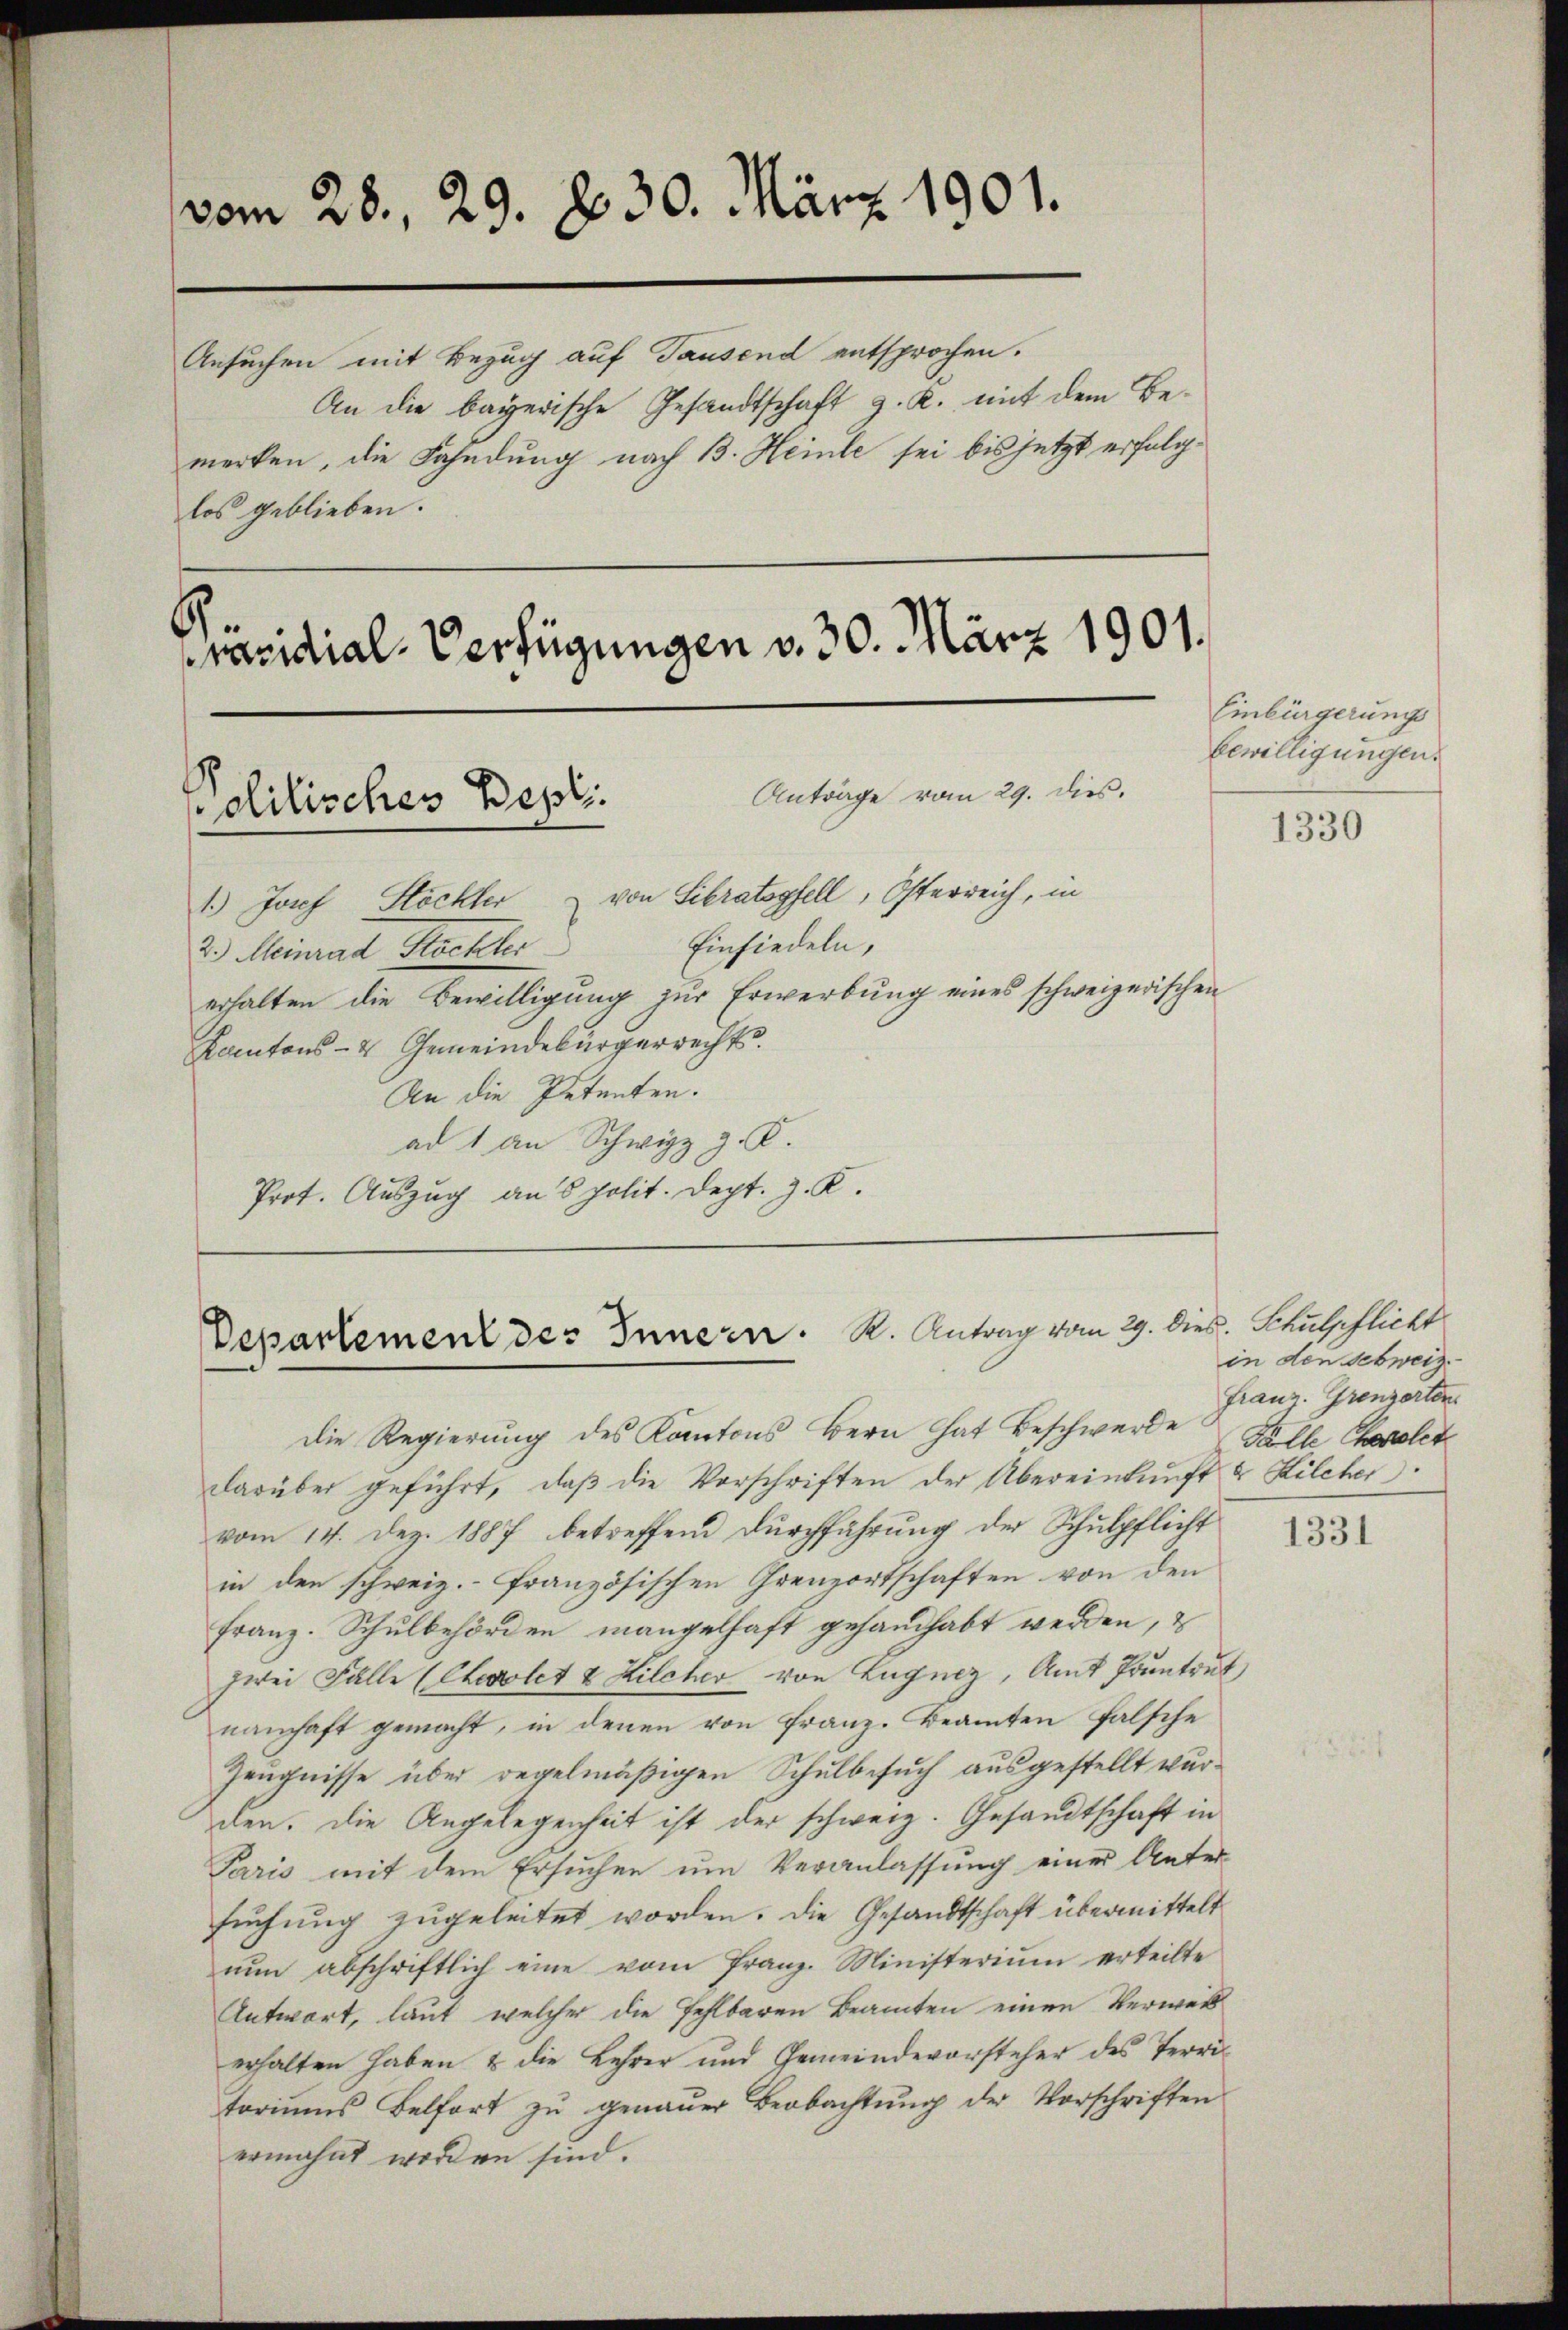
vom 28. 29. d. 30. März 1901.
Ansuchen mit Bezug auf Tausend entsprochen.

An die bayerische Gesandtschaft z. R. mit dem Bemerken, die Fahndung nach B. Heile sei bis jetzt erfolglos geblieben.

Anträge vom 29. dies.
Politisches Depli.

Präsidial-Verfügungen v. 30. März 1901.

1.) Josef Stöckler & von Sibratsgfell, Osterreich, in
Einsiedeln,
2.) Meinrad Hackler
erhalten die Bewilligŭng zŭr Erwerbŭng eines schweizerischen
Kantons- & Gemeindebürgerrechts
An die Petenten.
ad 1 an Schwyz z. B.
Prot. Auszug an 8 polit. Dept. J. K.

Departement des Innern. K. Antrag vom 29. dies. Kautpflicht

die Regierung des Kantons Bern hat Beschwerde Falle Cherlet
darüber geführt, daβ die Vorschriften der Übereinkunft & Kilcher
vom 14. Dez. 1887 betreffend Durchführung der Schulpflicht
in den schweiz.- Französischen Grenzortschaften von den
Franz. Schulbehörden mangelhaft gehandhabt werden, &
zwei Fälle (Chevolet & Kilcher von Lugnez, Amt Pruntrut
namhaft gemacht, in denen von Franz. Beamten falsche
Zeugnisse über regelmäßigen Schulbesuch ausgestellt wurden. Die Angelegenheit ist der schweiz. Gesandtschaft in
Paris mit dem Ersuchen um Veranlassung einer Unter-
suchung zugeleitet worden. Die Gesandtschaft übermittelt
nŭn abschriftlich eine vom franz-Ministerium erteilte
Antwort, laut welcher die Fehlbaren Beamten einen Verweis
erhalten haben & die Lehrer und Gemeindevorsteher des Territoriums Belfort zu genauer Beobachtŭng der Vorschriften
ermahnt worden sind.

Einbürgerungs
bewilligungen.

1330

in den schweiz.
Franz. Grenzorten

1331